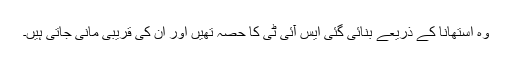
وہ استھانا کے ذریعے بنائی گئی ایس آئی ٹی کا حصہ تھیں اور ان کی قریبی مانی جاتی ہیں۔